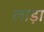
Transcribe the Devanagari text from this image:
लाड़ा